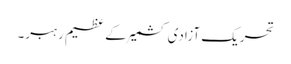
تحریک آزادی کشمیر کے عظیم رہبر۔